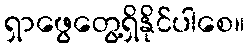
ရှာဖွေတွေ့ရှိနိုင်ပါစေ။